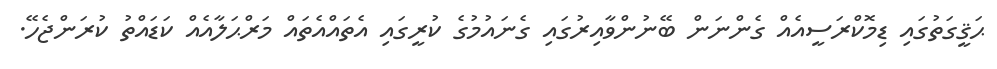
ޙަޤީގަތުގައި ޑިމޮކްރަސީއެއް ގެންނަން ބޭނުންވާއިރުގައި ގެނައުމުގެ ކުރީގައި އެތައްއެތައް މަރްޙަލާއެއް ކަޑައްތު ކުރަންޖެހޭ.